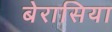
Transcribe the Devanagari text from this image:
बेरासिया